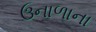
ઉનાળાના